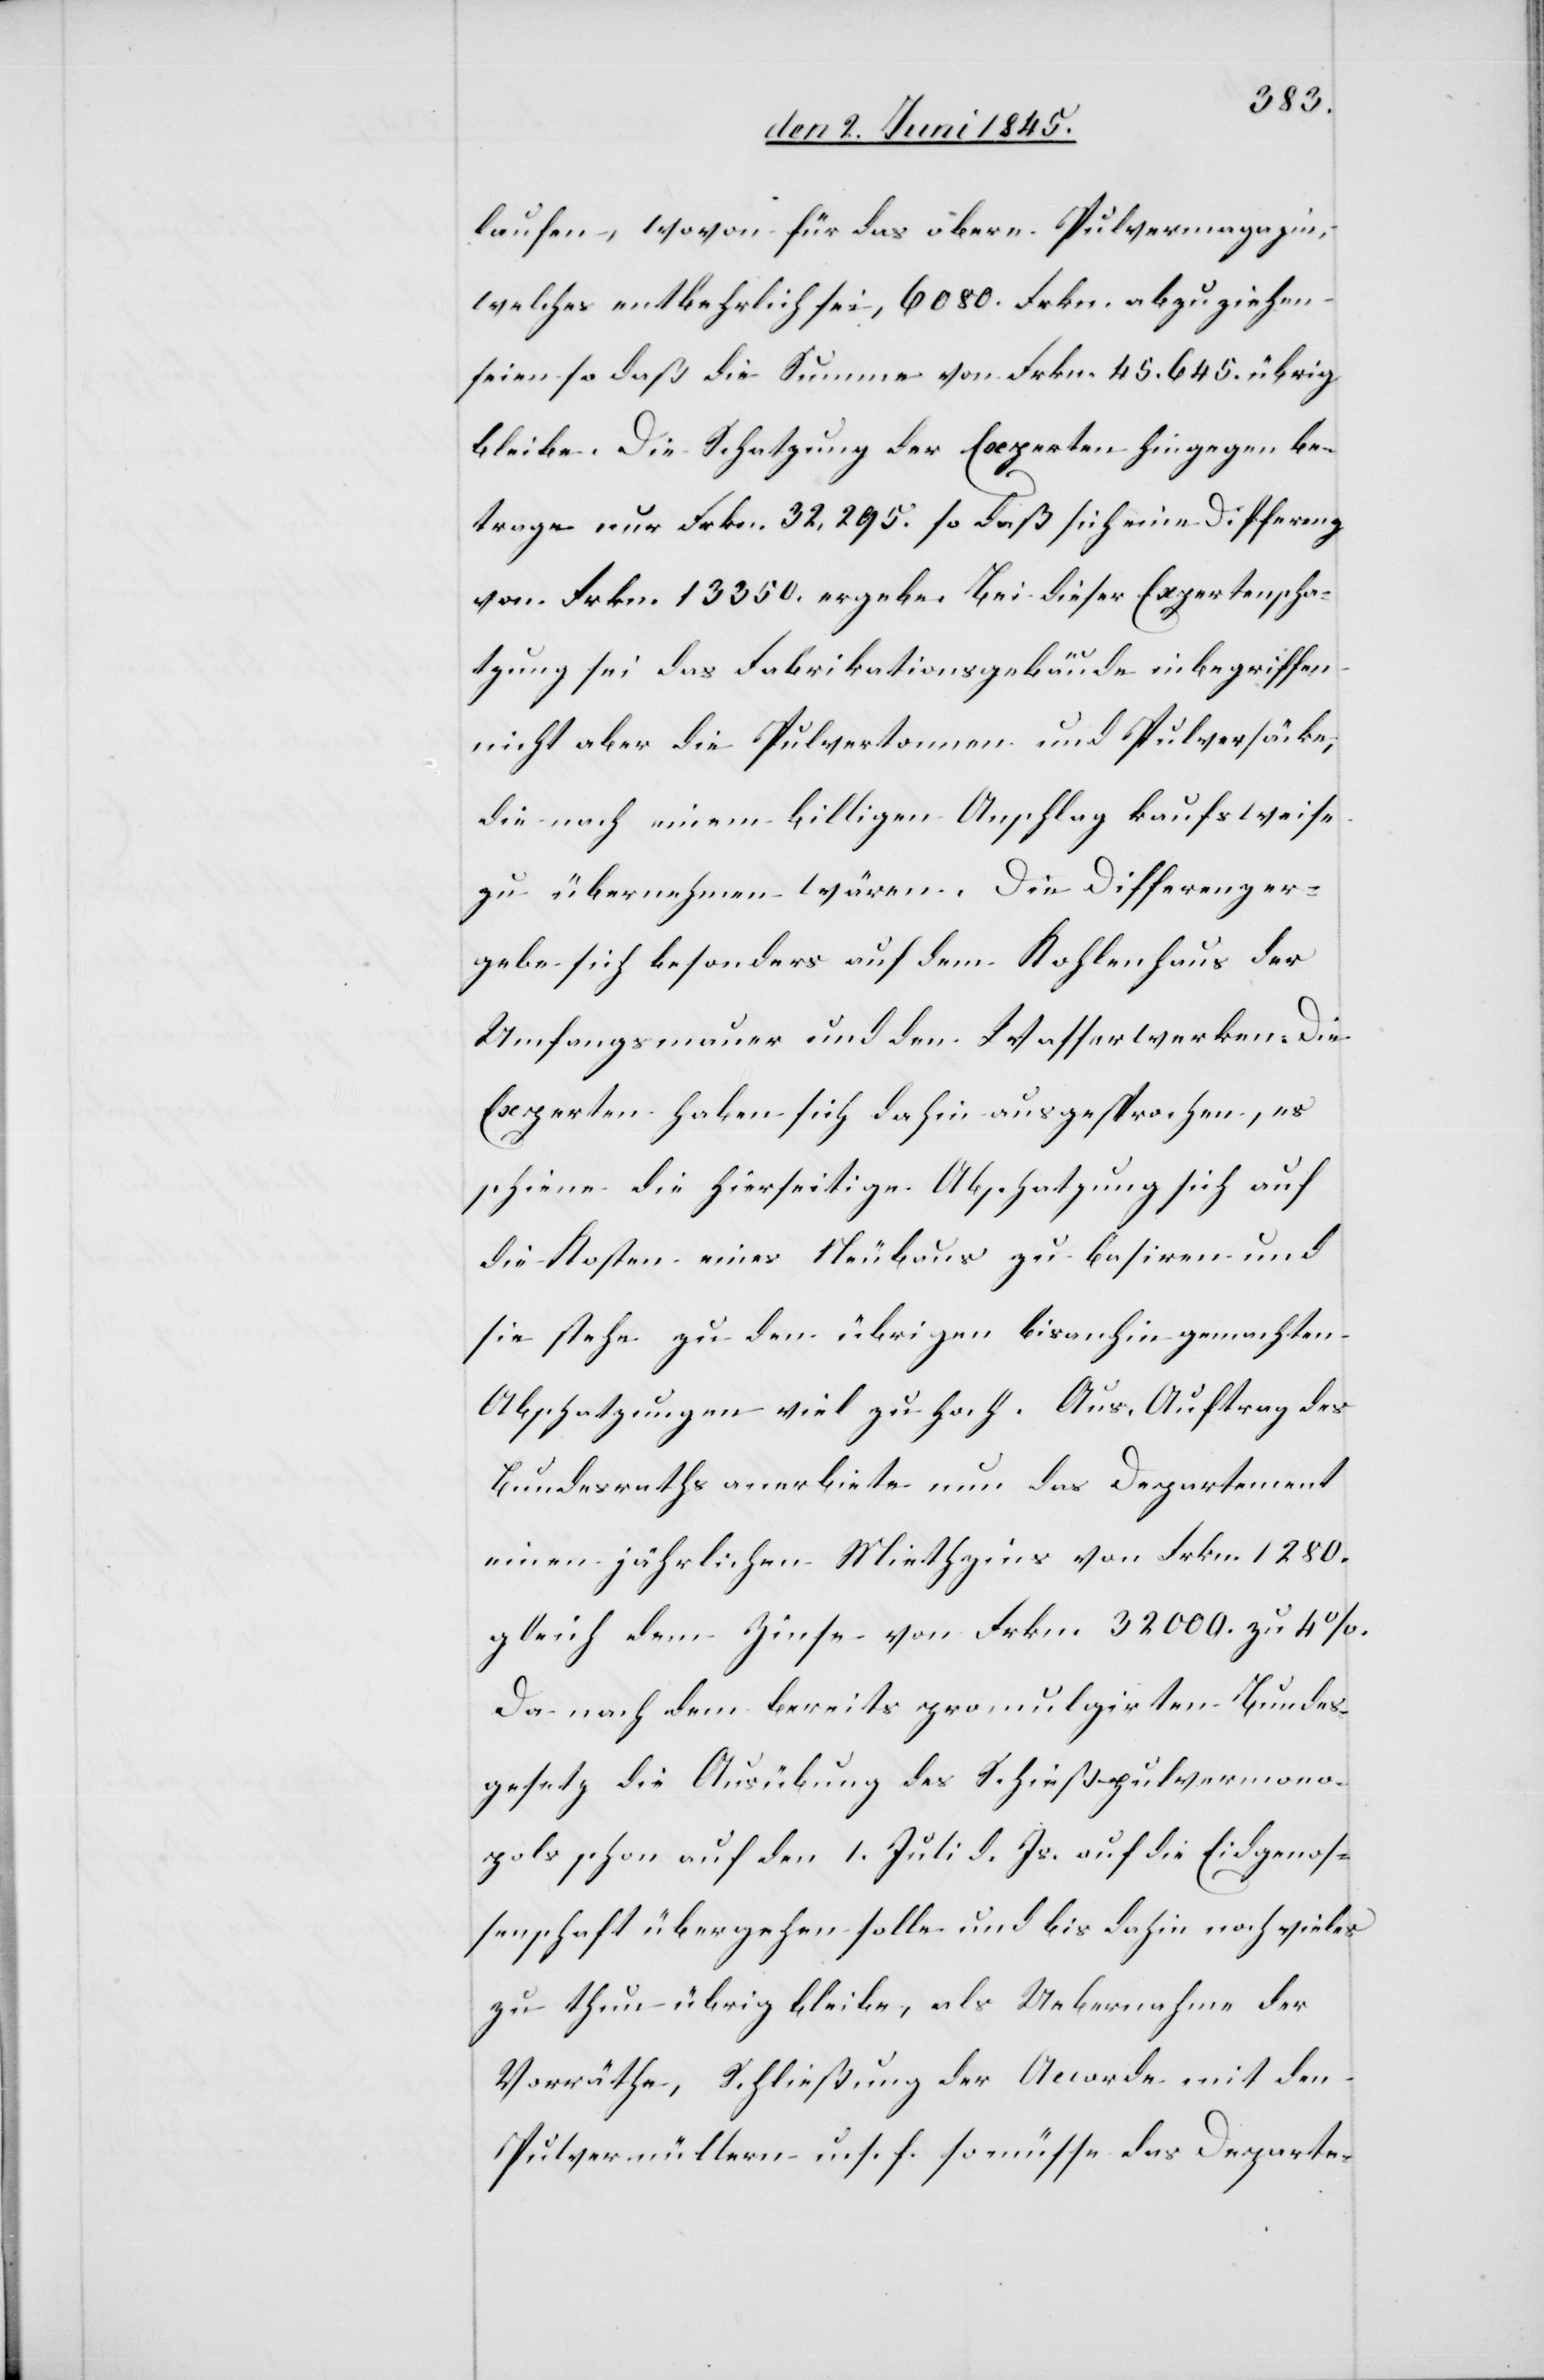
laufen, wovon für das obere Pulvermagazin,
welches entbehrlich sei, 6080. Frkn. abzuziehen
seien so daß die Summe von Frkn. 45.645. übrig
bleibe. Die Schatzung der Experten hingegen be¬
trage nur Frkn. 32,295. so daß sich eine Differenz
von Frkn. 13 350. ergebe. Bei dieser Expertenscha¬
tzung sei das Fabrikationsgebäude inbegriffen
nicht aber die Pulvertonnen und Pulversäcke,
die nach einem billigen Anschlag kaufsweise
zu übernehmen wären. Die Differenz er¬
gebe sich besonders auf dem Kohlenhaus der
Umfangsmauer und den Wasserwerken. Die
Experten haben sich dahin ausgesprochen, es
scheine die hierseitige Abschatzung sich auf
die Kosten eines Neubaus zu basiren und
sie stehe zu den übrigen bisanhin gemachten
Abschatzungen viel zu hoch. Aus Auftrag des
Bundesraths anerbiete nun das Departement
einen jährlichen Miethzins von Frkn. 1280.
gleich dem Zinse von Frkn. 32 000. zu 4%.
Da nach dem bereits promulgirten Bundes¬
gesetz die Ausübung des Schießpulvermono¬
pols schon auf den 1. Juli d. Js. auf die Eidgenos¬
senschaft übergehen solle und bis dahin noch vieles
zu thun übrig bleibe, als Uebernahme der
Vorräthe, Schließung der Accorde mit den
Pulvermüllern u. s. f. so müsse das Departe-